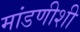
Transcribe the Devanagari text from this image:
मांडणीशी